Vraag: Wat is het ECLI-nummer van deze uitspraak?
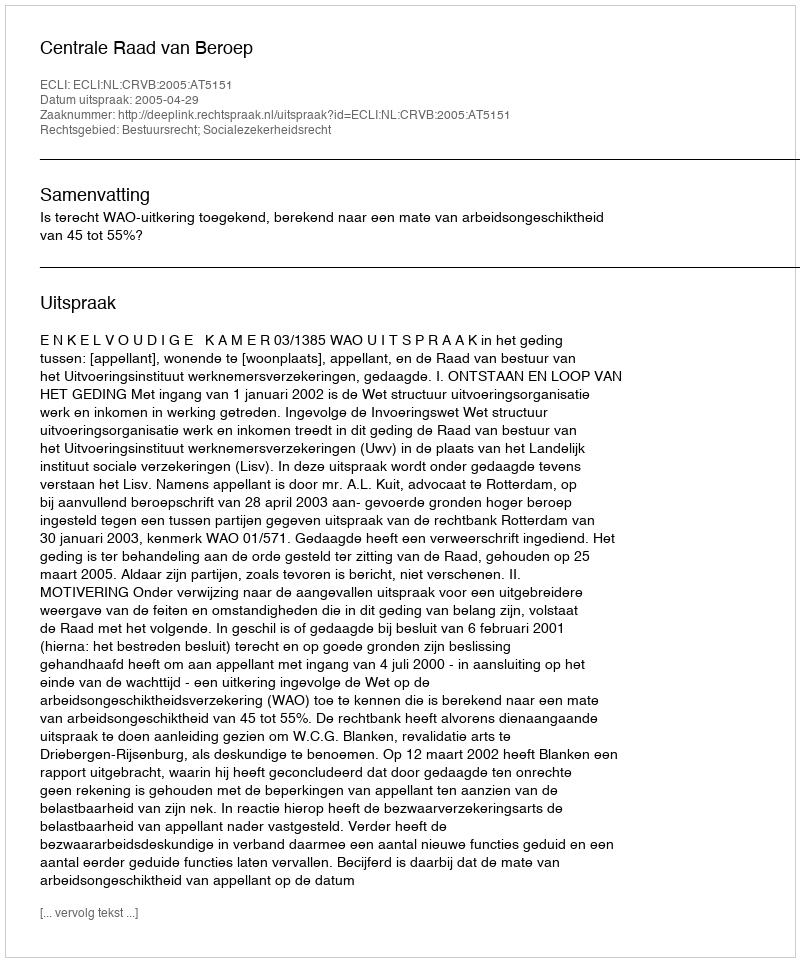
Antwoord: ECLI:NL:CRVB:2005:AT5151